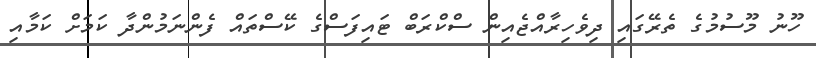
ހޫނު މޫސުމުގެ ތެރޭގައި ދިވެހިރާއްޖެއިން ސްކްރަބް ޓައިފަސްގެ ކޭސްތައް ފެންނަމުންދާ ކަމަށް ކަމާއި